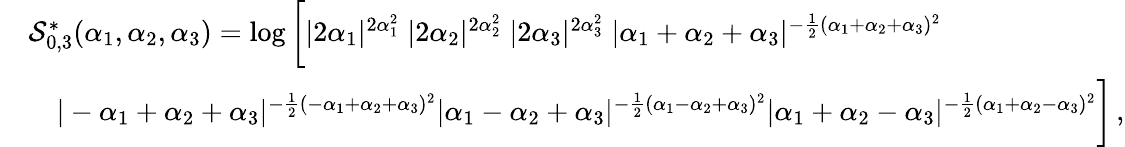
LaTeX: \begin{array}{rl}&{\mathcal{S}_{0,3}^{\ast}(\alpha_{1},\alpha_{2},\alpha_{3})=\log\bigg[|2\alpha_{1}|^{2\alpha_{1}^{2}}\; |2\alpha_{2}|^{2\alpha_{2}^{2}}\; |2\alpha_{3}|^{2\alpha_{3}^{2}}\; |\alpha_{1}+\alpha_{2}+\alpha_{3}|^{-{\frac{1}{2}}(\alpha_{1}+\alpha_{2}+\alpha_{3})^{2}}}\\ &{\quad|-\alpha_{1}+\alpha_{2}+\alpha_{3}|^{-{\frac{1}{2}}(-\alpha_{1}+\alpha_{2}+\alpha_{3})^{2}}|\alpha_{1}-\alpha_{2}+\alpha_{3}|^{-{\frac{1}{2}}(\alpha_{1}-\alpha_{2}+\alpha_{3})^{2}}|\alpha_{1}+\alpha_{2}-\alpha_{3}|^{-{\frac{1}{2}}(\alpha_{1}+\alpha_{2}-\alpha_{3})^{2}}\bigg]\, ,}\end{array}